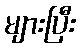
များပြီး